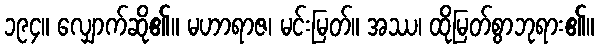
၁၉၄။ လျှောက်ဆို၏။ မဟာရာဇ၊ မင်းမြတ်။ အဿ၊ ထိုမြတ်စွာဘုရား၏။